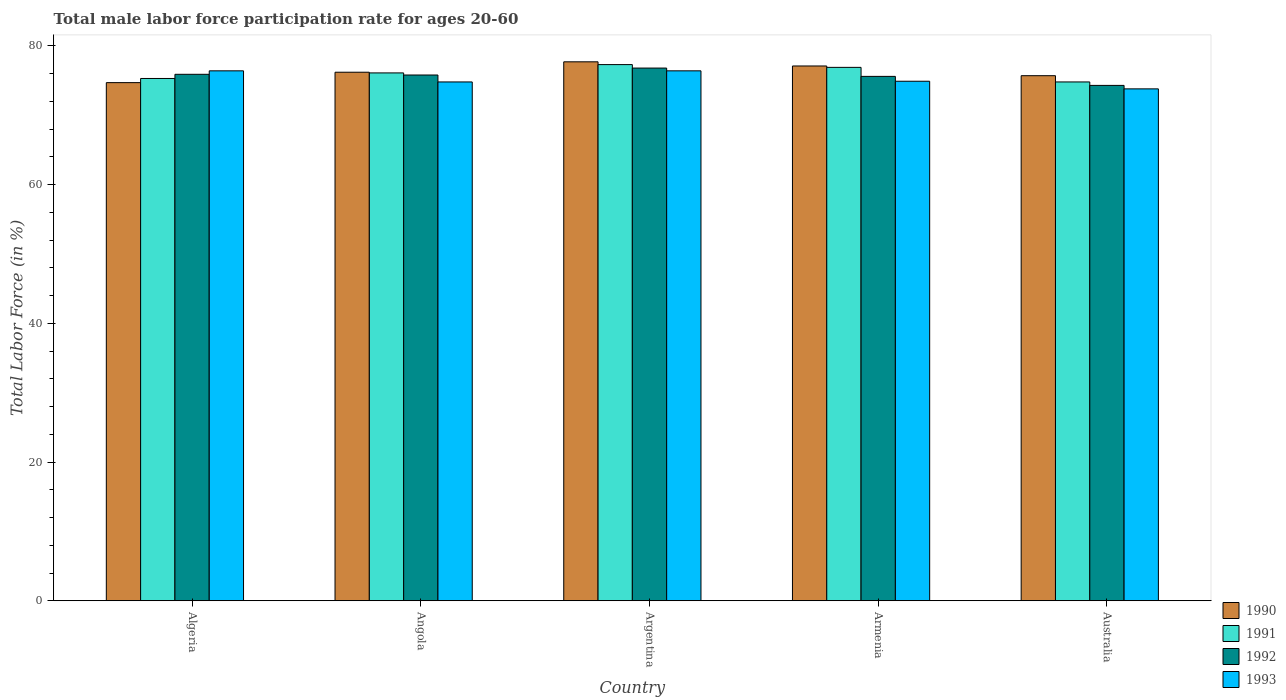
| Country | 1990 | 1991 | 1992 | 1993 |
 | --- | --- | --- | --- | --- |
 | Algeria | 74.7 | 75.3 | 75.9 | 76.4 |
 | Angola | 76.2 | 76.1 | 75.8 | 74.8 |
 | Argentina | 77.7 | 77.3 | 76.8 | 76.4 |
 | Armenia | 77.1 | 76.9 | 75.6 | 74.9 |
 | Australia | 75.7 | 74.8 | 74.3 | 73.8 |